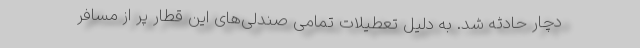
دچار حادثه شد. به دلیل تعطیلات تمامی صندلی‌های این قطار پر از مسافر